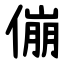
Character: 傰